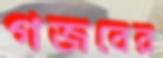
গজবের